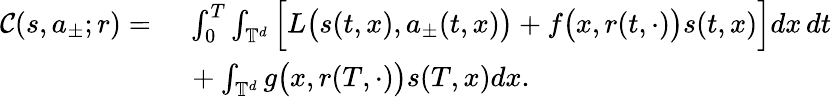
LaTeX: \begin{array}{rl}{\mathcal{C}(s,a_{\pm};r)=}&{\ \int_{0}^{T}\int_{\mathbb{T}^{d}}\Big[L\big(s(t,x),a_{\pm}(t,x)\big)+f\big(x,r(t,\cdot)\big)s(t,x)\Big]dx\, dt}\\ &{\ +\int_{\mathbb{T}^{d}}g\big(x,r(T,\cdot)\big)s(T,x)dx.}\end{array}